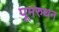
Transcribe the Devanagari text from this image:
पूमरुथन